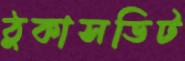
ঠুকাসডিট